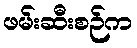
ဖမ်းဆီးစဉ်က